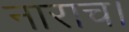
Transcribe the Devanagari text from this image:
नाराच।